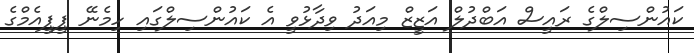
ކައުންސިލްގެ ރައީސް އަބްދުލް އަޒީޒް މިއަދު ވިދާޅުވީ އެ ކައުންސިލްގައި ހިމެނޭ ޕީޕީއެމްގެ